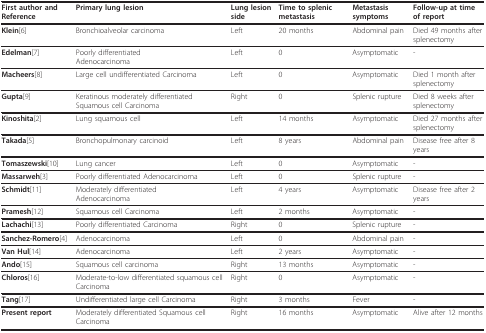
<table><thead><tr><td><b>First author and Reference</b></td><td><b>Primary lung lesion</b></td><td><b>Lung lesion side</b></td><td><b>Time to splenic metastasis</b></td><td><b>Metastasis symptoms</b></td><td><b>Follow-up at time of report</b></td></tr></thead><tbody><tr><td><b>Klein</b>[6]</td><td>Bronchioalveolar carcinoma</td><td>Left</td><td>20 months</td><td>Abdominal pain</td><td>Died 49 months aftersplenectomy</td></tr><tr><td><b>Edelman</b>[7]</td><td>Poorly differentiatedAdenocarcinoma</td><td>Left</td><td>0</td><td>Asymptomatic</td><td>-</td></tr><tr><td><b>Macheers</b>[8]</td><td>Large cell undifferentiated Carcinoma</td><td>Left</td><td>0</td><td>Asymptomatic</td><td>Died 1 month aftersplenectomy</td></tr><tr><td><b>Gupta</b>[9]</td><td>Keratinous moderately differentiated Squamous cell Carcinoma</td><td>Right</td><td>0</td><td>Splenic rupture</td><td>Died 8 weeks aftersplenectomy</td></tr><tr><td><b>Kinoshita</b>[2]</td><td>Lung squamous cell</td><td>Left</td><td>14 months</td><td>Asymptomatic</td><td>Died 27 months aftersplenectomy</td></tr><tr><td><b>Takada</b>[5]</td><td>Bronchopulmonary carcinoid</td><td>Left</td><td>8 years</td><td>Abdominal pain</td><td>Disease free after 8 years</td></tr><tr><td><b>Tomaszewski</b>[10]</td><td>Lung cancer</td><td>Left</td><td>0</td><td>Asymptomatic</td><td>-</td></tr><tr><td><b>Massarweh</b>[3]</td><td>Poorly differentiated Adenocarcinoma</td><td>Left</td><td>0</td><td>Splenic rupture</td><td>-</td></tr><tr><td><b>Schmidt</b>[11]</td><td>Moderately differentiatedAdenocarcinoma</td><td>Left</td><td>4 years</td><td>Asymptomatic</td><td>Disease free after 2 years</td></tr><tr><td><b>Pramesh</b>[12]</td><td>Squamous cell Carcinoma</td><td>Left</td><td>2 months</td><td>Asymptomatic</td><td>-</td></tr><tr><td><b>Lachachi</b>[13]</td><td>Poorly differentiated Carcinoma</td><td>Right</td><td>0</td><td>Splenic rupture</td><td>-</td></tr><tr><td><b>Sanchez-Romero</b>[4]</td><td>Adenocarcinoma</td><td>Left</td><td>0</td><td>Abdominal pain</td><td>-</td></tr><tr><td><b>Van Hul</b>[14]</td><td>Adenocarcinoma</td><td>Left</td><td>2 years</td><td>Asymptomatic</td><td>-</td></tr><tr><td><b>Ando</b>[15]</td><td>Squamous cell carcinoma</td><td>Right</td><td>13 months</td><td>Asymptomatic</td><td>-</td></tr><tr><td><b>Chloros</b>[16]</td><td>Moderate-to-low differentiated squamous cell Carcinoma</td><td>Right</td><td>0</td><td>Asymptomatic</td><td>-</td></tr><tr><td><b>Tang</b>[17]</td><td>Undifferentiated large cell Carcinoma</td><td>Right</td><td>3 months</td><td>Fever</td><td>-</td></tr><tr><td><b>Present report</b></td><td>Moderately differentiated Squamous cell Carcinoma</td><td>Right</td><td>16 months</td><td>Asymptomatic</td><td>Alive after 12 months</td></tr></tbody></table>